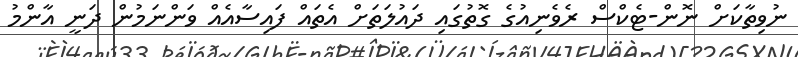
ނުވިތާކަށް ނޮން-ޓެކްސް ރެވެނިއުގެ ގޮތުގައި ދައުލަތަށް އެތައް ފައިސާއެއް ވަންނަމުން ދަނީ އާންމު